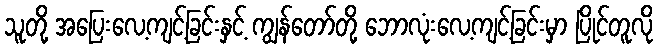
သူတို့ အပြေးလေ့ကျင့်ခြင်းနှင့် ကျွန်တော်တို့ ဘောလုံးလေ့ကျင့်ခြင်းမှာ ပြိုင်တူလို